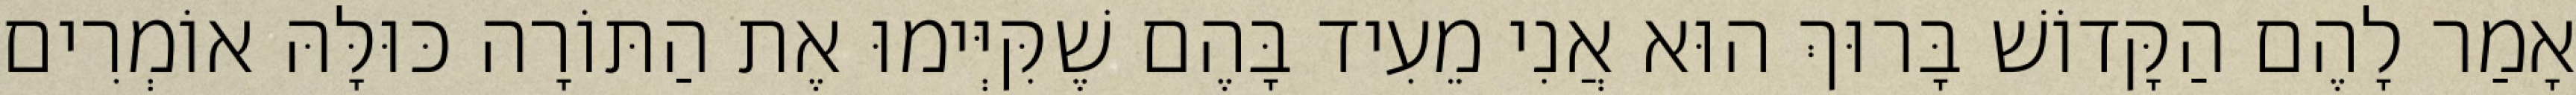
אָמַר לָהֶם הַקָּדוֹשׁ בָּרוּךְ הוּא אֲנִי מֵעִיד בָּהֶם שֶׁקִּיְּימוּ אֶת הַתּוֹרָה כּוּלָּהּ אוֹמְרִים